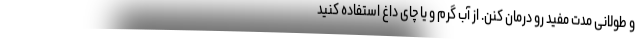
و طولانی مدت مفید رو درمان کنن. از آب گرم و یا چای داغ استفاده کنید